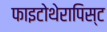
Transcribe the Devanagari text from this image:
फाइटोथेरापिस्ट